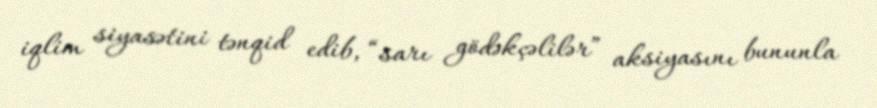
iqlim siyasətini tənqid edib, “sarı gödəkçəlilər” aksiyasını bununla